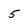
Character: 5